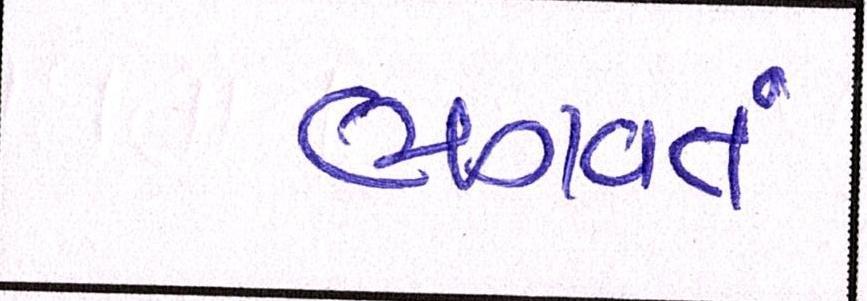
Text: ભગવતં